Report of the Indian Hemp Drugs Commission, 1894-1895 - Volume V
Year: 1894
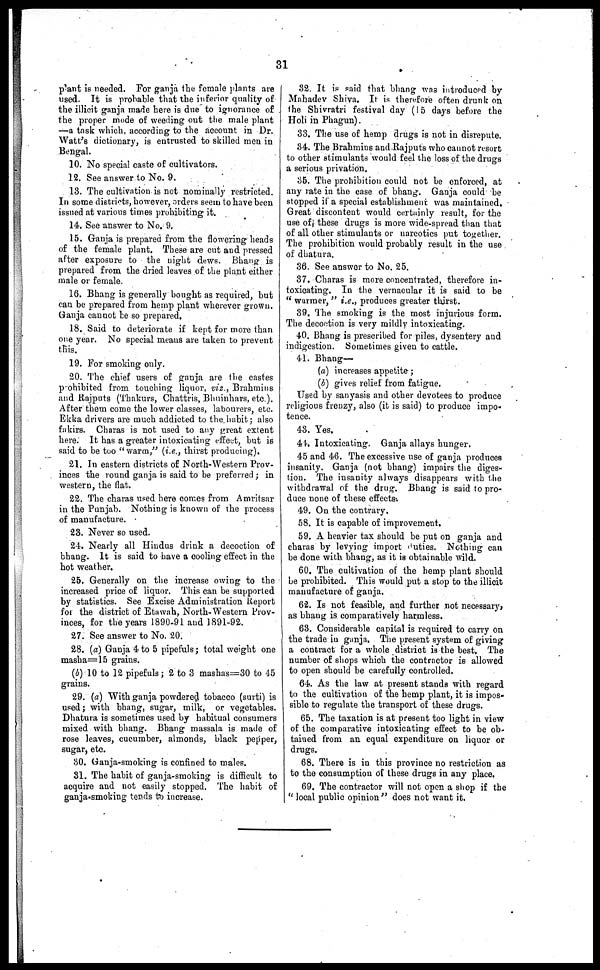
31
plant is needed. For ganja the female plants are
used. It is probable that the inferior quality of
the illicit ganja made here is due to ignorance of
the proper mode of weeding out the male plant
—a task which, according to the account in Dr.
Watt's dictionary, is entrusted to skilled men in
Bengal.
10. No special caste of cultivators.
12. See answer to No. 9.
13. The cultivation is not nominally restricted.
In some districts, however, orders seem to have been
issued at various times prohibiting it.
14. See answer to No. 9.
15. Ganja is prepared from the flowering heads
of the female plant. These are cut and pressed
after exposure to the night dews. Bhang is
prepared from the dried leaves of the plant either
male or female.
16. Bhang is generally bought as required, but
can be prepared from hemp plant wherever grown.
Ganja cannot be so prepared.
18. Said to deteriorate if kept for more than
one year. No special means are taken to prevent
this.
19. For smoking only.
20. The chief users of ganja are the castes
prohibited from touching liquor, viz., Brahmins
and Rajputs (Thakurs, Chattris, Bhninhars, etc.).
After them come the lower classes, labourers, etc.
Ekka drivers are much addicted to the habit; also
fakirs. Charas is not used to any great extent
here. It has a greater intoxicating effect, but is
said to be too "warm," (i.e., thirst producing).
21. In eastern districts of North-Western Prov-
inces the round ganja is said to be preferred; in
western, the flat.
22. The charas used here comes from Amritsar
in the Punjab. Nothing is known of the process
of manufacture.
23. Never so used.
24. Nearly all Hindus drink a decoction of
bhang. It is said to have a cooling effect in the
hot weather.
25. Generally on the increase owing to the
increased price of liquor. This can be supported
by statistics. See Excise Administration Report
for the district of Etawah, North-Western Prov-
inces, for the years 1890-91 and 1891-92.
27. See answer to No. 20.
28. (a) Ganja 4 to 5 pipefuls; total weight one
masha=15 grains.
(b) 10 to 12 pipefuls; 2 to 3 mashas=30 to 45
grains.
29. (a) With ganja powdered tobacco (surti) is
used; with bhang, sugar, milk, or vegetables.
Dhatura is sometimes used by habitual consumers
mixed with bhang. Bhang massala is made of
rose leaves, cucumber, almonds, black pepper,
sugar, etc.
30. Ganja-smoking is confined to males.
31. The habit of ganja-smoking is difficult to
acquire and not easily stopped. The habit of
ganja-smoking tends to increase.
32. It is said that bhang was introduced by
Mahadev Shiva. It is therefore often drunk on
the Shivratri festival day (15 days before the
Holi in Phagun).
33. The use of hemp drugs is not in disrepute.
34. The Brahmins and Rajputs who cannot resort
to other stimulants would feel the loss of the drugs
a serious privation.
35. The prohibition could not be enforced, at
any rate in the case of bhang. Ganja could be
stopped if a special establishment was maintained.
Great discontent would certainly result, for the
use of these drugs is more wide-spread than that
of all other stimulants or narcotics put together.
The prohibition would probably result in the use
of dhatura.
36. See answer to No, 25.
37. Charas is more concentrated, therefore in-
toxicating. In the vernacular it is said to be
"warmer," i.e., produces greater thirst.
39. The smoking is the most injurious form.
The decoction is very mildly intoxicating.
40. Bhang is prescribed for piles, dysentery and
indigestion. Sometimes given to cattle.
41. Bhang—
(a) increases appetite ;
(b) gives relief from fatigue.
Used by sanyasis and other devotees to produce
religious frenzy, also (it is said) to produce impo-
tence.
43. Yes.
44. Intoxicating. Ganja allays hunger.
45 and 46. The excessive use of ganja produces
insanity. Ganja (not bhang) impairs the diges-
tion. The insanity always disappears with the
withdrawal of the drug. Bhang is said to pro-
duce none of these effects.
49. On the contrary.
58. It is capable of improvement.
59. A heavier tax should be put on ganja and
charas by levying import duties. Nothing can
be done with bhang, as it is obtainable wild.
60. The cultivation of the hemp plant should
be prohibited. This would put a stop to the illicit
manufacture of ganja.
62. Is not feasible, and further not necessary,
as bhang is comparatively harmless.
63. Considerable capital is required to carry on
the trade in ganja. The present system of giving
a contract for a whole district is the best. The
number of shops which the contractor is allowed
to open should be carefully controlled.
64. As the law at present stands with regard
to the cultivation of the hemp plant, it is impos-
sible to regulate the transport of these drugs.
65. The taxation is at present too light in view
of the comparative intoxicating effect to be ob-
tained from an equal expenditure on liquor or
drugs.
68. There is in this province no restriction as
to the consumption of these drugs in any place.
69. The contractor will not open a shop if the
"local public opinion" does not want it.